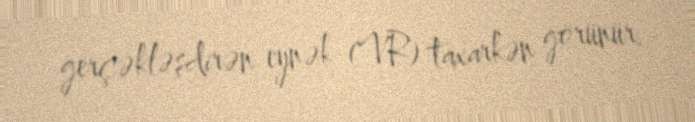
gerçəkləşdirən eynək (VR) taxarkən görünür.